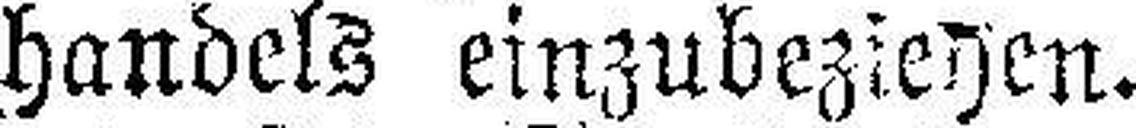
handels einzubeziehen.